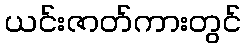
ယင်းဇာတ်ကားတွင်